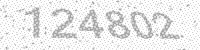
Solution: 124802